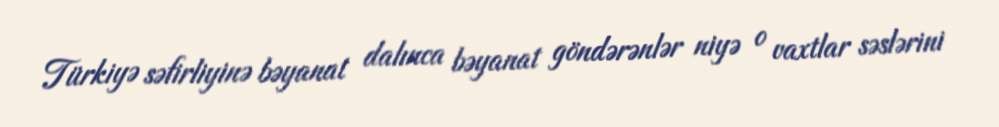
Türkiyə səfirliyinə bəyanat dalınca bəyanat göndərənlər niyə o vaxtlar səslərini